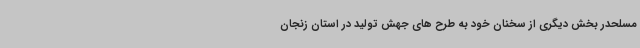
مسلحدر بخش دیگری از سخنان خود به طرح های جهش تولید در استان زنجان